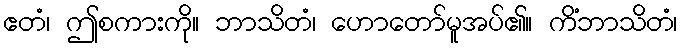
ဧတံ၊ ဤစကားကို။ ဘာသိတံ၊ ဟောတော်မူအပ်၏။ ကိံဘာသိတံ၊